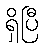
ရှိပြီ